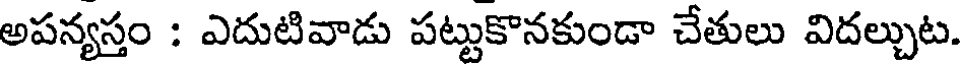
అపన్యస్తం : ఎదుటివాడు పట్టుకొనకుండా చేతులు విదల్చుట.